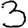
Digit: 3